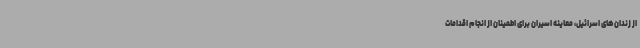
از زندان‌های اسرائیل، معاینه اسیران برای اطمینان از انجام اقدامات